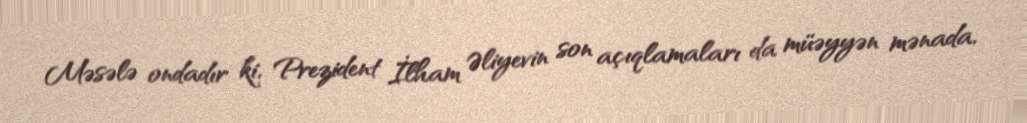
Məsələ ondadır ki, Prezident İlham Əliyevin son açıqlamaları da müəyyən mənada,